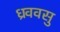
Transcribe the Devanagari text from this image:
ध्रववसु